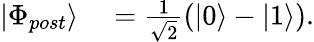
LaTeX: \begin{array}{rl}{|\Phi_{post}\rangle}&{{}=\frac{1}{\sqrt{2}}(|0\rangle-|1\rangle).}\end{array}